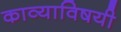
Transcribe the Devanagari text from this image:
काव्याविषयी